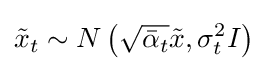
{\tilde {x}}_{t}\sim N\left({\sqrt {{\bar {\alpha }}_{t}}}{\tilde {x}},\sigma _{t}^{2}I\right)